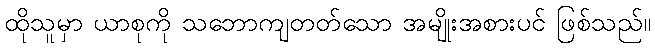
ထိုသူမှာ ယာစုကို သဘောကျတတ်သော အမျိုးအစားပင် ဖြစ်သည်။